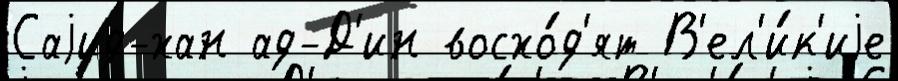
Саjид-хан ад-Д'ин восхо́д'ят В'ел'и́к'иjе